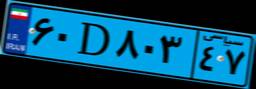
۸۵D۱۴۹۳۸